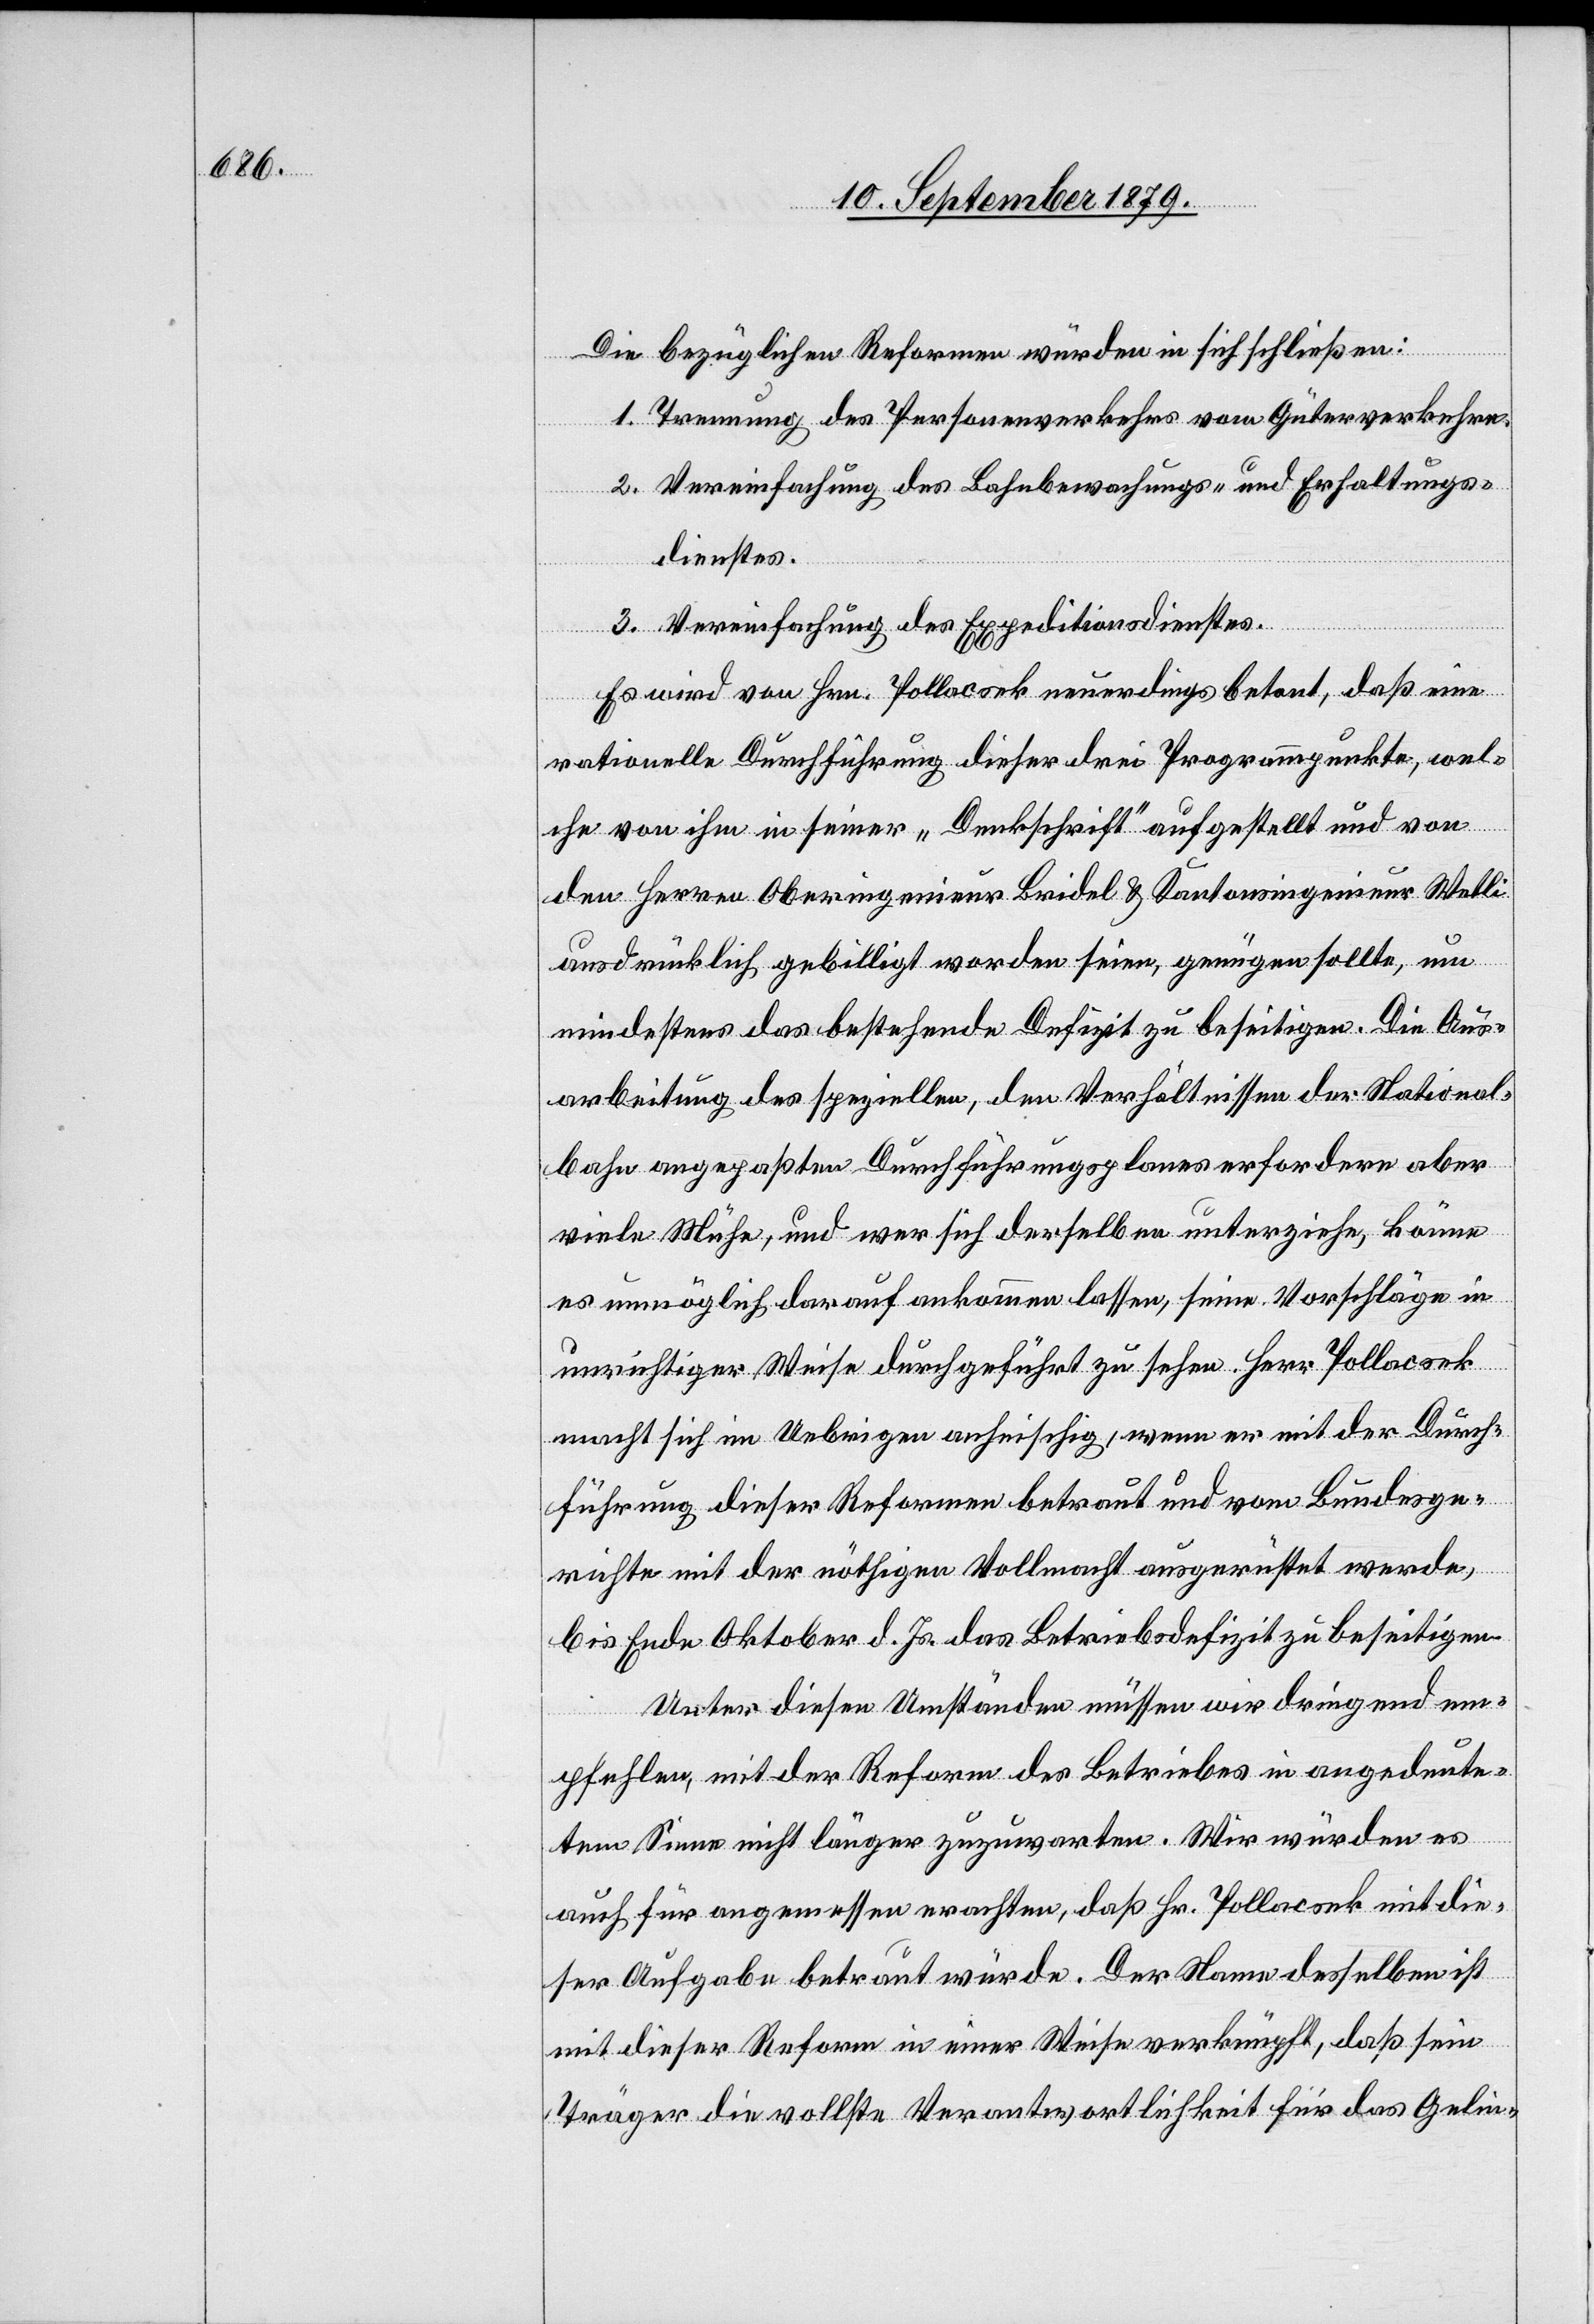
Die bezüglichen Reformen würden sich schließen:
1. Trennung des Personenverkehrs vom Güterverkehre.
2. Vereinfachung des Bahnbewachungs- und Erhaltungs¬
dienstes.
3. Vereinfachung des Expeditionsdienstes.
Es wird von Hrn. Pollacsek neuerdings betont, daß eine
rationelle Durchführung dieser drei Programmpunkte, wel¬
che von ihm in seiner „Denkschrift“ aufgestellt und von
den Herren Oberingenieur Bridel & Kantonsingenieur Wetli
ausdrücklich gebilligt worden seien, genügen sollte, um
mindestens das bestehende Defizit zu beseitigen. Die Aus¬
arbeitung des speziellen, den Verhältnissen der National¬
bahn angepassten Durchführungsplanes erfordern aber
viele Mühe, und wer sich derselben unterziehe, könne
es unmöglich darauf ankommen lassen, seine Vorschläge in
unrichtiger Weise durchgeführt zu sehen. Herr Pollacsek
macht sich im Uebrigen anheischig, wenn er mit der Durch¬
führung dieser Reformen betraut und vom Bundesge¬
richte mit der nöthigen Vollmacht ausgerüstet werde,
bis Ende Oktober d. Js. das Betriebsdefizit zu beseitigen.
Unter diesen Umständen müssen wir dringend em¬
pfehlen, mit der Reform des Betriebes in angedeute¬
tem Sinne nicht länger zuzuwarten. Wir würden es
auch für angemessen erachten, daß Hr. Pollacsek mit die¬
ser Aufgabe betraut würde. Der Name desselben ist
mit dieser Reform in einer Weise verknüpft, daß sein
Träger die vollste Verantwortlichkeit für das Gelin-